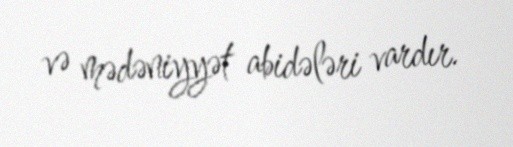
və mədəniyyət abidələri vardır.